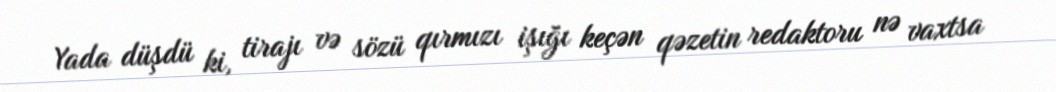
Yada düşdü ki, tirajı və sözü qırmızı işığı keçən qəzetin redaktoru nə vaxtsa